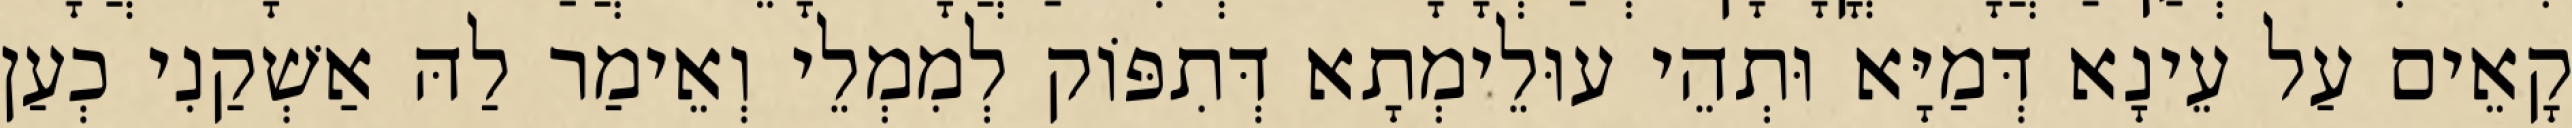
קָאֵים עַל עֵינָא דְּמַיָּא וּתְהֵי עוּלֵימְתָא דְּתִפּוֹק לְמִמְלֵי וְאֵימַר לַהּ אַשְׁקַנִי כְעַן